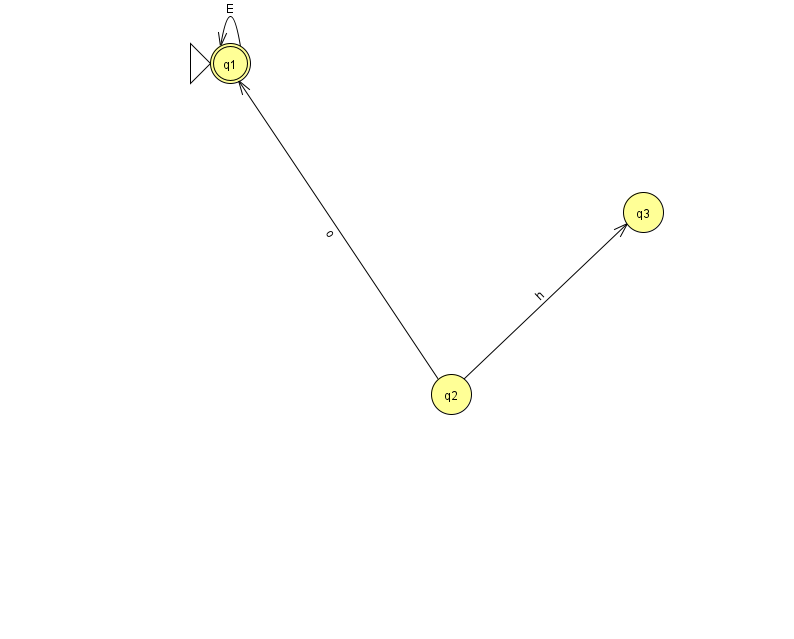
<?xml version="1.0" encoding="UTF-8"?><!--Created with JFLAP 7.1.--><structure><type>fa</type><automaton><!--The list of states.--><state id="1" name="q1"><x>230.0</x><y>50.0</y><initial/><final/></state><state id="2" name="q2"><x>451.0</x><y>381.0</y></state><state id="3" name="q3"><x>643.0</x><y>199.0</y></state><!--The list of transitions.--><transition><from>2</from><to>1</to><read>o</read></transition><transition><from>2</from><to>3</to><read>h</read></transition><transition><from>1</from><to>1</to><read>E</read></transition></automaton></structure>